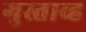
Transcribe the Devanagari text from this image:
गुस्ताव्ह